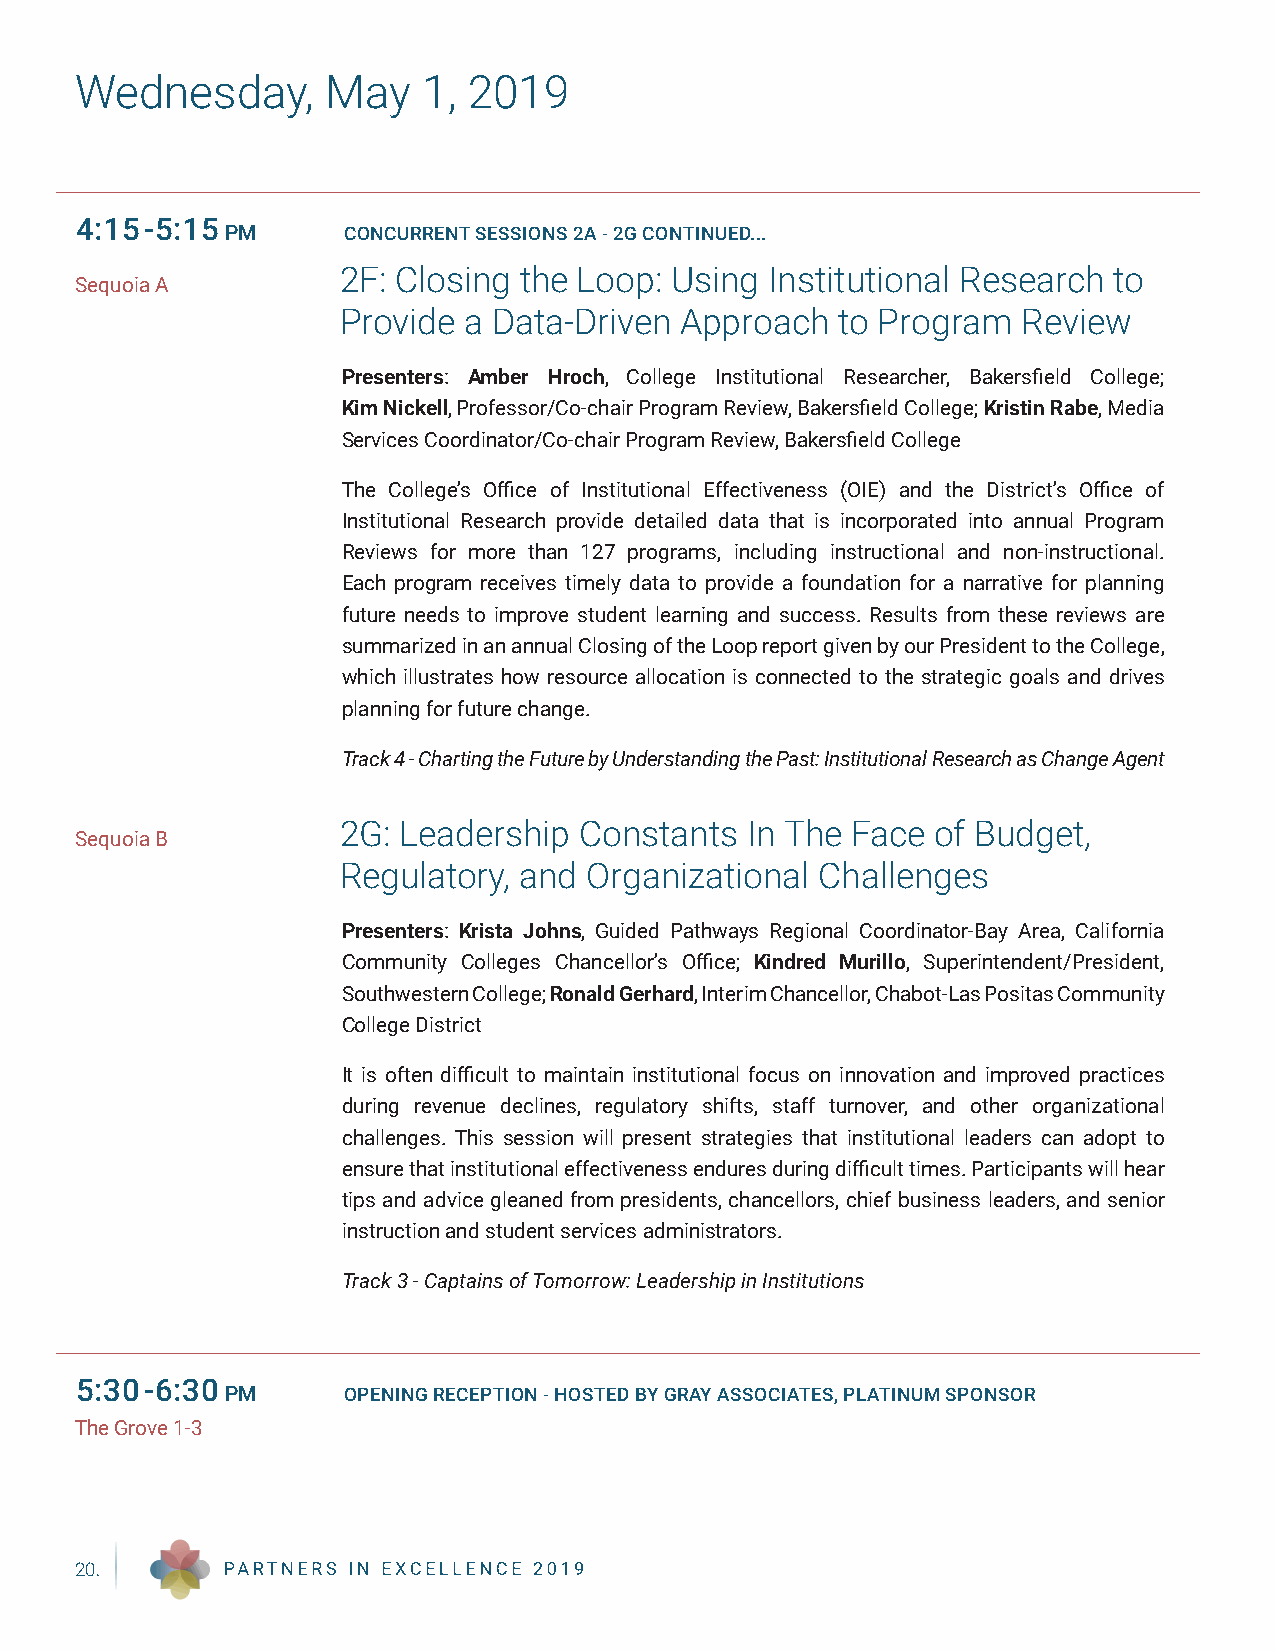
Wednesday,       May   1, 2019
 4:15-5:15
 PM      CONCURRENT SESSIONS 2A - 2G CONTINUED...
 2F: Closing the Loop: Using  Institutional Research to
 Sequoia A
 Provide  a Data-Driven Approach   to Program  Review
 Presenters: Amber Hroch, College Institutional Researcher, Bakersfield College;
 Kim Nickell, Professor/Co-chair Program Review, Bakersfield College; Kristin Rabe, Media
 Services Coordinator/Co-chair Program Review, Bakersfield College
 The College’s Office of Institutional Effectiveness (OIE) and the District’s Office of
 Institutional Research provide detailed data that is incorporated into annual Program
 Reviews for more than 127 programs, including instructional and non-instructional.
 Each program receives timely data to provide a foundation for a narrative for planning
 future needs to improve student learning and success. Results from these reviews are
 summarized in an annual Closing of the Loop report given by our President to the College,
 which illustrates how resource allocation is connected to the strategic goals and drives
 planning for future change.
 Track 4 - Charting the Future by Understanding the Past: Institutional Research as Change Agent
 2G: Leadership  Constants  In The Face  of Budget,
 Sequoia B
 Regulatory, and  Organizational Challenges
 Presenters: Krista Johns, Guided Pathways Regional Coordinator-Bay Area, California
 Community Colleges Chancellor’s Office; Kindred Murillo, Superintendent/President,
 Southwestern College; Ronald Gerhard, Interim Chancellor, Chabot-Las Positas Community
 College District
 It is often difficult to maintain institutional focus on innovation and improved practices
 during revenue declines, regulatory shifts, staff turnover, and other organizational
 challenges. This session will present strategies that institutional leaders can adopt to
 ensure that institutional effectiveness endures during difficult times. Participants will hear
 tips and advice gleaned from presidents, chancellors, chief business leaders, and senior
 instruction and student services administrators.
 Track 3 - Captains of Tomorrow: Leadership in Institutions
 5:30-6:30
 PM      OPENING RECEPTION - HOSTED BY GRAY ASSOCIATES, PLATINUM SPONSOR
 The Grove 1-3
 20.